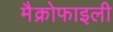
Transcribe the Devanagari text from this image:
मैक्रोफाइली